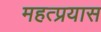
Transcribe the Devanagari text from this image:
महत्प्रयास